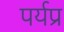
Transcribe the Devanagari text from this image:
पर्यप्र